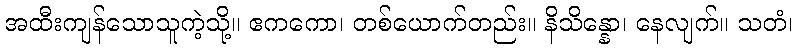
အထီးကျန်သောသူကဲ့သို့။ ဧကကော၊ တစ်ယောက်တည်း။ နိသိန္နော၊ နေလျက်။ သတံ၊